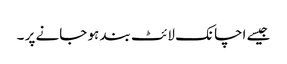
جیسے اچانک لائٹ بند ہو جانے پر ۔